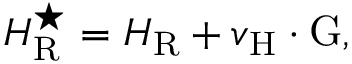
{ \cal H } _ { \mathrm { R } } ^ { \star } = { \cal H } _ { \mathrm { R } } + v _ { \mathrm { H } } \cdot \mathrm { G } ,